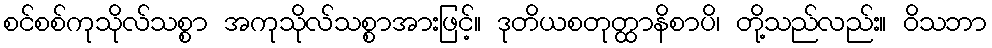
စင်စစ်ကုသိုလ်သစ္စာ အကုသိုလ်သစ္စာအားဖြင့်။ ဒုတိယစတုတ္ထာနိစာပိ၊ တို့သည်လည်း။ ဝိသဘာ